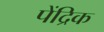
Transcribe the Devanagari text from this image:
पेंद्रिक